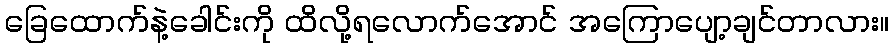
ခြေထောက်နဲ့ခေါင်းကို ထိလို့ရလောက်အောင် အကြောပျော့ချင်တာလား။